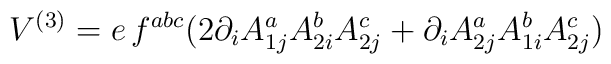
V^{(3)}=e\, f^{abc} ( 2\partial_i A^a_{1j}A^b_{2i}A^c_{2j}+\partial_i A^a_{2j} A^b_{1i} A^c_{2j})